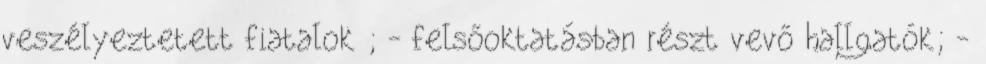
veszélyeztetett fiatalok ; - felsőoktatásban részt vevő hallgatók; -